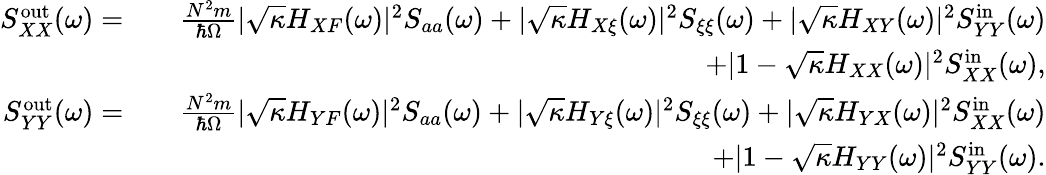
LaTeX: \begin{array}{rlr}{S_{XX}^{\mathrm{out}}(\omega)=}&{}&{\frac{N^{2}m}{\hbar\Omega}|\sqrt{\kappa}H_{XF}(\omega)|^{2}S_{aa}(\omega)+|\sqrt{\kappa}H_{X\xi}(\omega)|^{2}S_{\xi\xi}(\omega)+|\sqrt{\kappa}H_{XY}(\omega)|^{2}S_{YY}^{\mathrm{in}}(\omega)}\\ &{}&{+|1-\sqrt{\kappa}H_{XX}(\omega)|^{2}S_{XX}^{\mathrm{in}}(\omega),}\\ {S_{YY}^{\mathrm{out}}(\omega)=}&{}&{\frac{N^{2}m}{\hbar\Omega}|\sqrt{\kappa}H_{YF}(\omega)|^{2}S_{aa}(\omega)+|\sqrt{\kappa}H_{Y\xi}(\omega)|^{2}S_{\xi\xi}(\omega)+|\sqrt{\kappa}H_{YX}(\omega)|^{2}S_{XX}^{\mathrm{in}}(\omega)}\\ &{}&{+|1-\sqrt{\kappa}H_{YY}(\omega)|^{2}S_{YY}^{\mathrm{in}}(\omega).}\end{array}